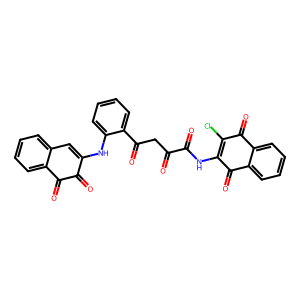
SMILES: O=C(CC(=O)c1ccccc1NC1=Cc2ccccc2C(=O)C1=O)C(=O)NC1=C(Cl)C(=O)c2ccccc2C1=O
Inhibits HIV replication: No